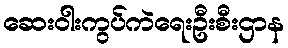
ဆေးဝါးကွပ်ကဲရေးဦးစီးဌာန